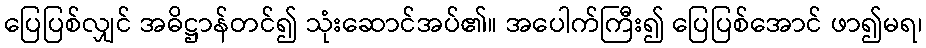
ပြေပြစ်လျှင် အဓိဋ္ဌာန်တင်၍ သုံးဆောင်အပ်၏။ အပေါက်ကြီး၍ ပြေပြစ်အောင် ဖာ၍မရ၊